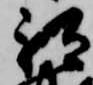
祇